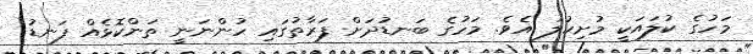
މަހުގެ ކުލައަކީ މުށިކުލަ އެވެ. މަހުގެ ބަނޑުދަށް ފަރާތުގައި ހުންނަނީ ތަންކޮޅެއް ފަނޑު